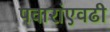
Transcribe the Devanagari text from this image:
पवारांएवढी